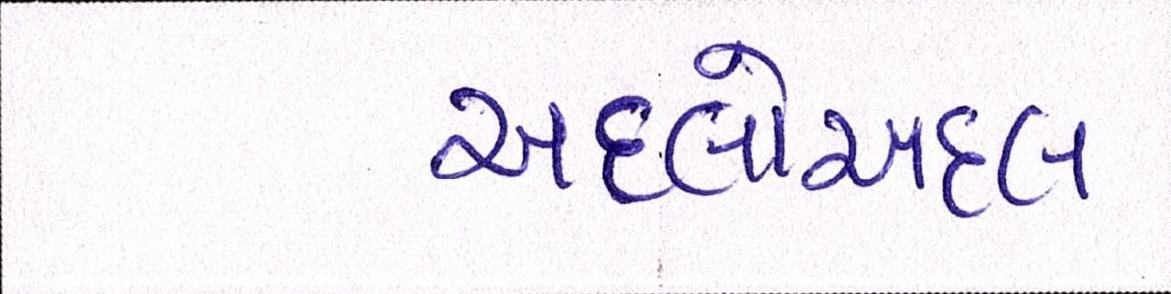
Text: અદલોઅદલ